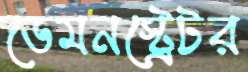
ডেমনস্ট্রেটর